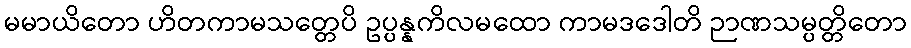
မမာယိတော ဟိတကာမသတ္တေပိ ဥပ္ပန္နကိလမထော ကာမဒဒေါတိ ဉာဏသမ္ပတ္တိတော